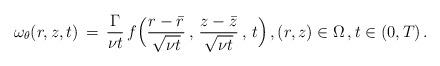
LaTeX: \begin{align*} \omega_\theta(r,z,t) \,=\, \frac{\Gamma}{\nu t}\,f\Bigl(\frac{r-\bar r} {\sqrt{\nu t}}\,,\,\frac{z-\bar z}{\sqrt{\nu t}}\,,\,t\Bigr)\,, (r,z) \in \Omega\,,t \in (0,T)\,.\end{align*}